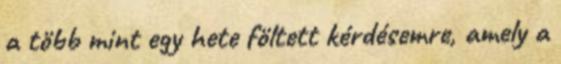
a több mint egy hete föltett kérdésemre, amely a